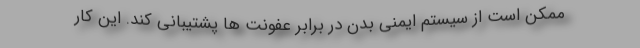
ممکن است از سیستم ایمنی بدن در برابر عفونت ها پشتیبانی کند. این کار